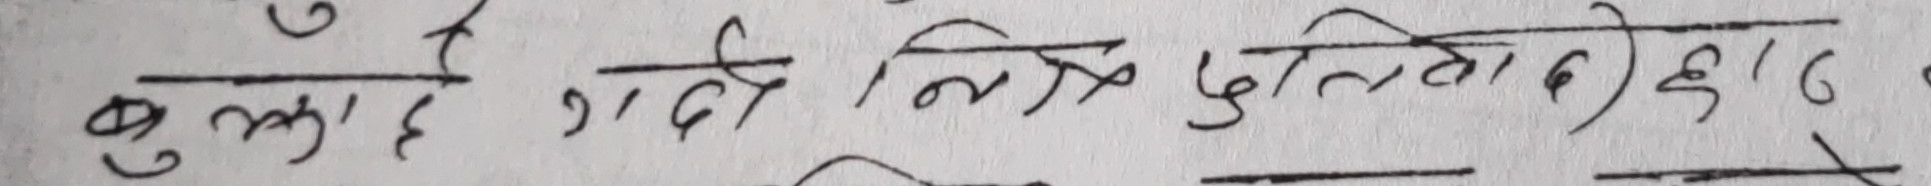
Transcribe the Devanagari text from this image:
बुल्ला छ गदी निक पुलित्वा दं )६